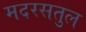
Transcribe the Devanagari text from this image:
मदरसतुल